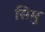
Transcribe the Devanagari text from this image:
सिमु